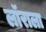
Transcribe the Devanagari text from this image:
लॉराला